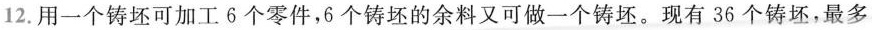
12.用一个铸还可加工6个零件，6个铸坯的余料又可做一个铸坯。现有36个铸坯，最多